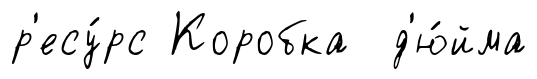
р'есу́рс Коробка д'ю́йма